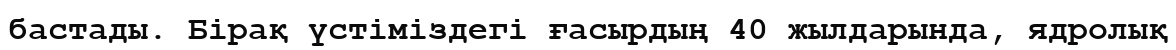
бастады. Бірақ үстіміздегі ғасырдың 40 жылдарында, ядролық